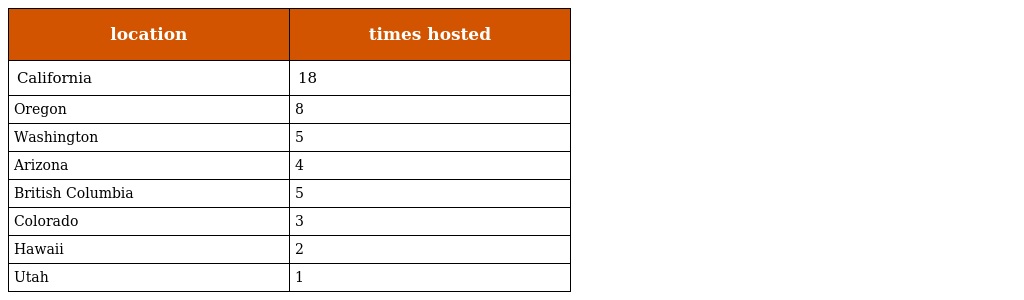
| location | times hosted |
 | --- | --- |
 | California | 18 |
 | Oregon | 8 |
 | Washington | 5 |
 | Arizona | 4 |
 | British Columbia | 5 |
 | Colorado | 3 |
 | Hawaii | 2 |
 | Utah | 1 |